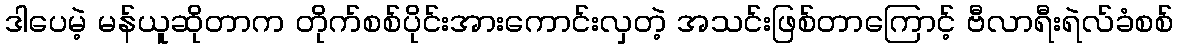
ဒါပေမဲ့ မန်ယူဆိုတာက တိုက်စစ်ပိုင်းအားကောင်းလှတဲ့ အသင်းဖြစ်တာကြောင့် ဗီလာရီးရဲလ်ခံစစ်